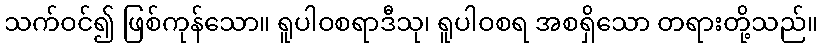
သက်ဝင်၍ ဖြစ်ကုန်သော။ ရူပါဝစရာဒီသု၊ ရူပါဝစရ အစရှိသော တရားတို့သည်။